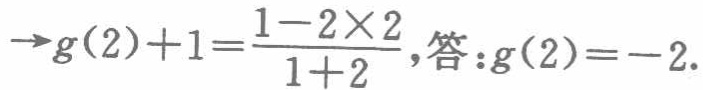
$\rightarrow g(2)+1=\frac{1 - 2\times2}{1 + 2},答:g(2)=-2.$